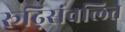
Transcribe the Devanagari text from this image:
रूढ़िसंवलित